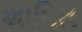
શાષિત